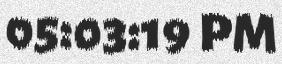
05:03:19 PM